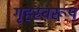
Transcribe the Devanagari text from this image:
गृहस्वरूप